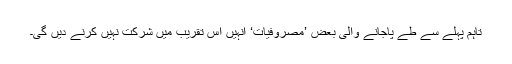
تاہم پہلے سے طے پاجانے والی بعض ’مصروفیات‘ انہیں اس تقریب میں شرکت نہیں کرنے دیں گی۔